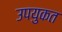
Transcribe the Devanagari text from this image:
उपयुकत